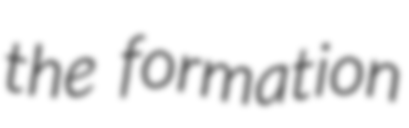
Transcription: the formation